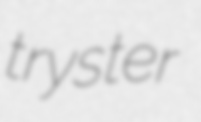
tryster